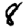
Digit: 8